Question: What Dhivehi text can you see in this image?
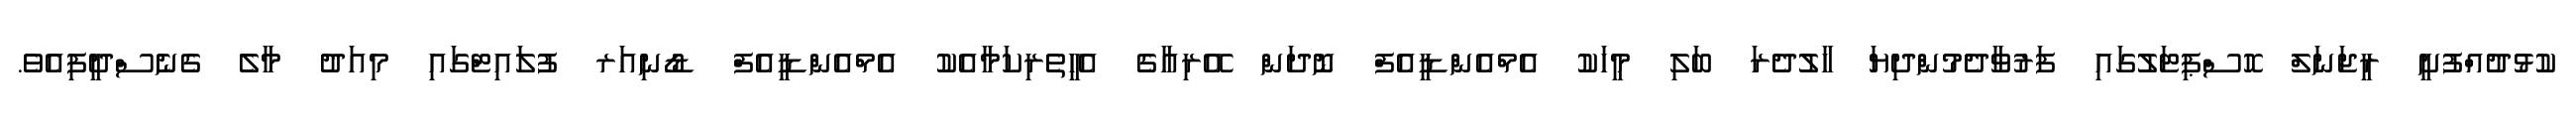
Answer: ކުޅުދުއްފުށީ ރީޖަނަލް ހޮސްޕިޓަލުގައި ފަރުވާދެމުންދިޔަ ހާލުދެރަ ބަލި މީހަކު އެމްއެންޑީއެފް ނޮދަން އޭރިއާގެ އެހީތެރިކަމާއެކު އެމްއެންޑީއެފް ޑޯނިއަރ ފުލައިޓްގައި މިއަދު މާލެ ގެނެސްދީފިއެވެ.